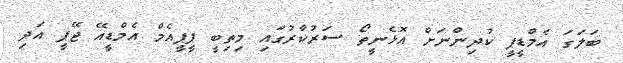
ބަލަގަ އެމްޑީޕީ ކުދިންނަށް އޮޅެނީތޯ ސަރުކާރުގައި މިތިބީ ޕީޕީއެމް އެމްޑީއޭ ޖޭޕީ އަދި